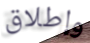
وإطلاق